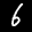
Label: 6